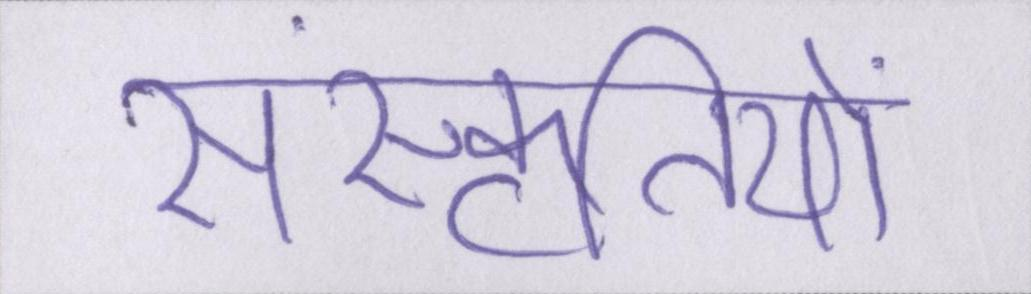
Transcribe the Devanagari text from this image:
संस्कृतियों